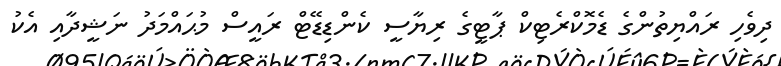
ދިވެހި ރައްޔިތުންގެ ޑެމޮކްރެޓިކް ޕާޓީގެ ރިޔާސީ ކެންޑިޑޭޓް ރައީސް މުޙައްމަދު ނަޝީދާއި އެކު